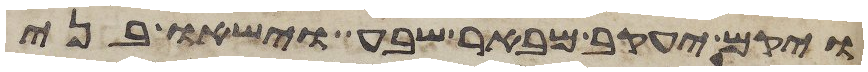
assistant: ויקם יעקב מבאר שבע וישאו בני